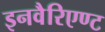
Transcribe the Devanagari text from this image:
इनवैरिएण्ट